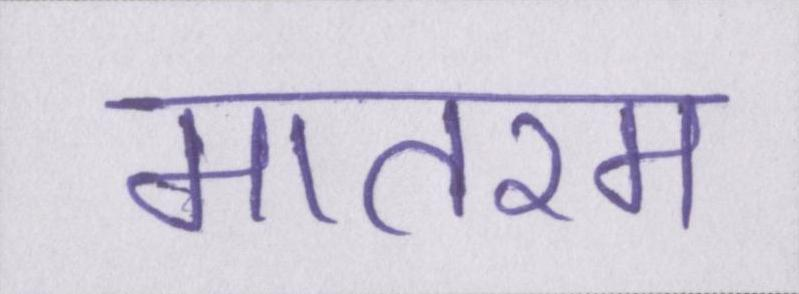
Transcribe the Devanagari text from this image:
मातरम